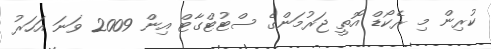
ކުރިން މި ރެކޯޑް އޮތީ ޖަރުމަންގެ ސްޓުޓްގާޓް އިން 2009 ވަނަ އަހަރު